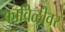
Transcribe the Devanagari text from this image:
काविळीवर